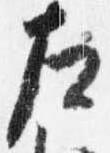
左